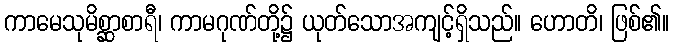
ကာမေသုမိစ္ဆာစာရီ၊ ကာမဂုဏ်တို့၌ ယုတ်သောအကျင့်ရှိသည်။ ဟောတိ၊ ဖြစ်၏။